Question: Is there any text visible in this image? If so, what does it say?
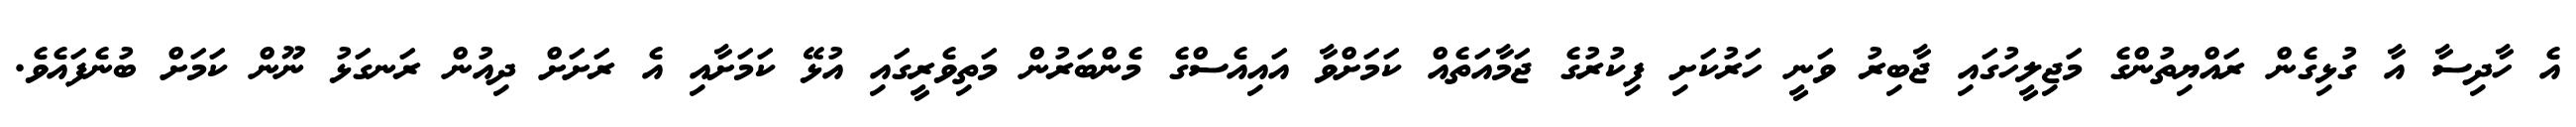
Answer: އެ ހާދިސާ އާ ގުޅިގެން ރައްޔިތުންގެ މަޖިލީހުގައި ޖާބިރު ވަނީ ހަރުކަށި ފިކުރުގެ ޖަމާއަތެއް ކަމަށްވާ އައިއެސްގެ މެންބަރުން މަތިވެރީގައި އުޅޭ ކަމަށާއި އެ ރަށަށް ދިއުން ރަނގަޅު ނޫން ކަމަށް ބުނެފައެވެ.